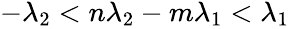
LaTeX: \begin{array}{r}{-\lambda_{2}<n\lambda_{2}-m\lambda_{1}<\lambda_{1}}\end{array}